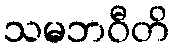
သမဘဝီတိ